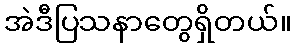
အဲဒီပြသနာတွေရှိတယ်။